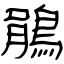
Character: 鵑